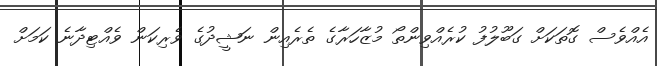
އެއްވެސް ގޮތަކަށް ގަބޫލުފު ކުރެއްވިންތޯ މުޒާހަރާގެ ތެރެއިން ނަޝީދުގެ ވެރިކަން ވެއްޓިދާނެ ކަމަށް